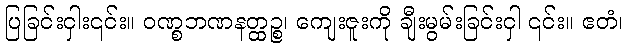
ပြခြင်းငှါး၎င်း။ ဝဏ္စဘဏနတ္ထဉ္စ၊ ကျေးဇူးကို ချီးမွမ်းခြင်းငှါ ၎င်း။ ဧတံ၊